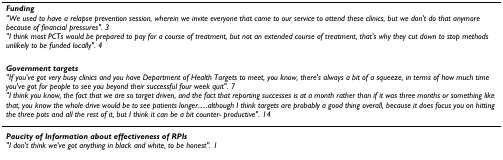
| Funding"We used to have a relapse prevention session, wherein we invite everyone that came to our service to attend these clinics, but we don't do that anymore because of financial pressures". 3"I think most PCTs would be prepared to pay for a course of treatment, but not an extended course of treatment, that's why they cut down to stop methods unlikely to be funded locally". 4 |
 | --- |
 | Government targets"If you've got very busy clinics and you have Department of Health Targets to meet, you know, there's always a bit of a squeeze, in terms of how much time you've got for people to see you beyond their successful four week quit". 7"I think you know, the fact that we are so target driven, and the fact that reporting successes is at a month rather than if it was three months or something like that, you know the whole drive would be to see patients longer......although I think targets are probably a good thing overall, because it does focus you on hitting the three pots and all the rest of it, but I think it can be a bit counter- productive". 14 |
 | Paucity of Information about effectiveness of RPIs"I don't think we've got anything in black and white, to be honest". 1 |